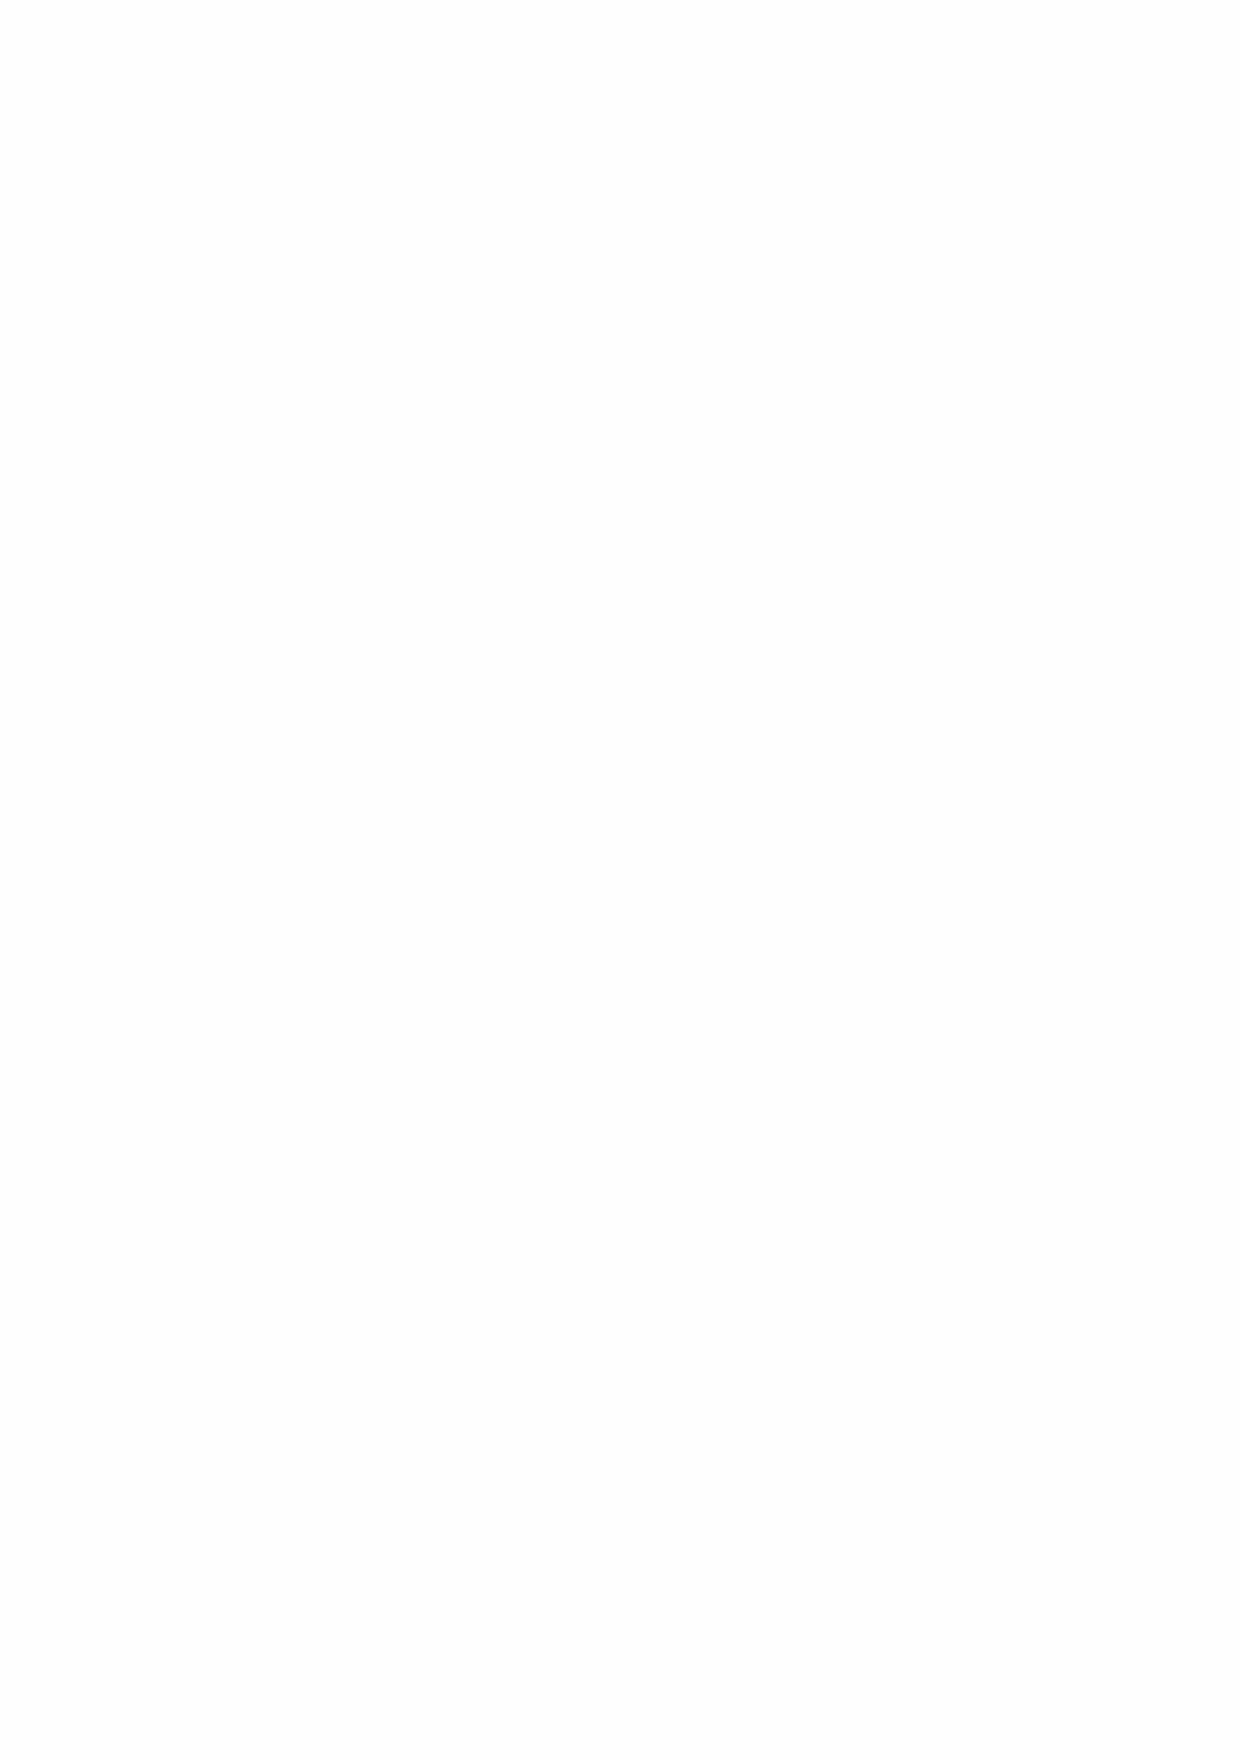
Section              2
 Solar        Lighting             System
 Solar  LED  Street  Light  Series
 •
 Solar  LED  Garden    Light  Series
 •